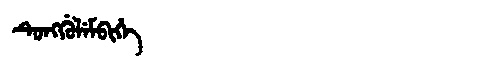
Manchu: ᡨᡠᠩᡤᡠᠯᡝᠮᠪᡳᡥᡝ
Romanization: TUNGGULEMBIHE